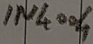
Text: IN4004